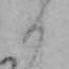
日